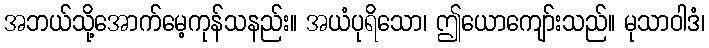
အဘယ်သို့အောက်မေ့ကုန်သနည်း။ အယံပုရိသော၊ ဤယောကျော်းသည်။ မုသာဝါဒံ၊